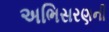
અભિસરણની